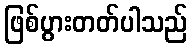
ဖြစ်ပွားတတ်ပါသည်